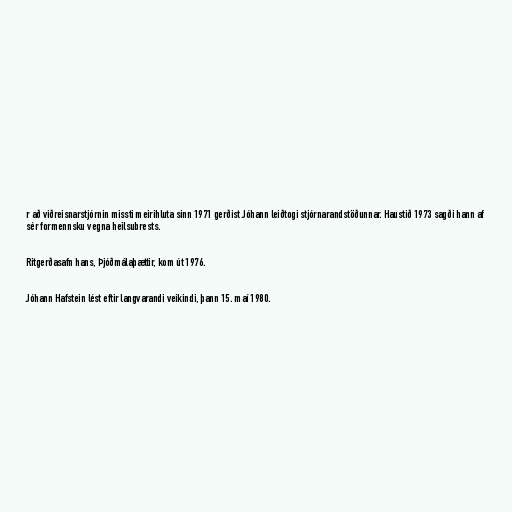
r að viðreisnarstjórnin missti meirihluta sinn 1971 gerðist Jóhann leiðtogi stjórnarandstöðunnar. Haustið 1973 sagði hann af
sér formennsku vegna heilsubrests.

Ritgerðasafn hans, Þjóðmálaþættir, kom út 1976.

Jóhann Hafstein lést eftir langvarandi veikindi, þann 15. maí 1980.